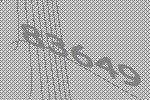
83649